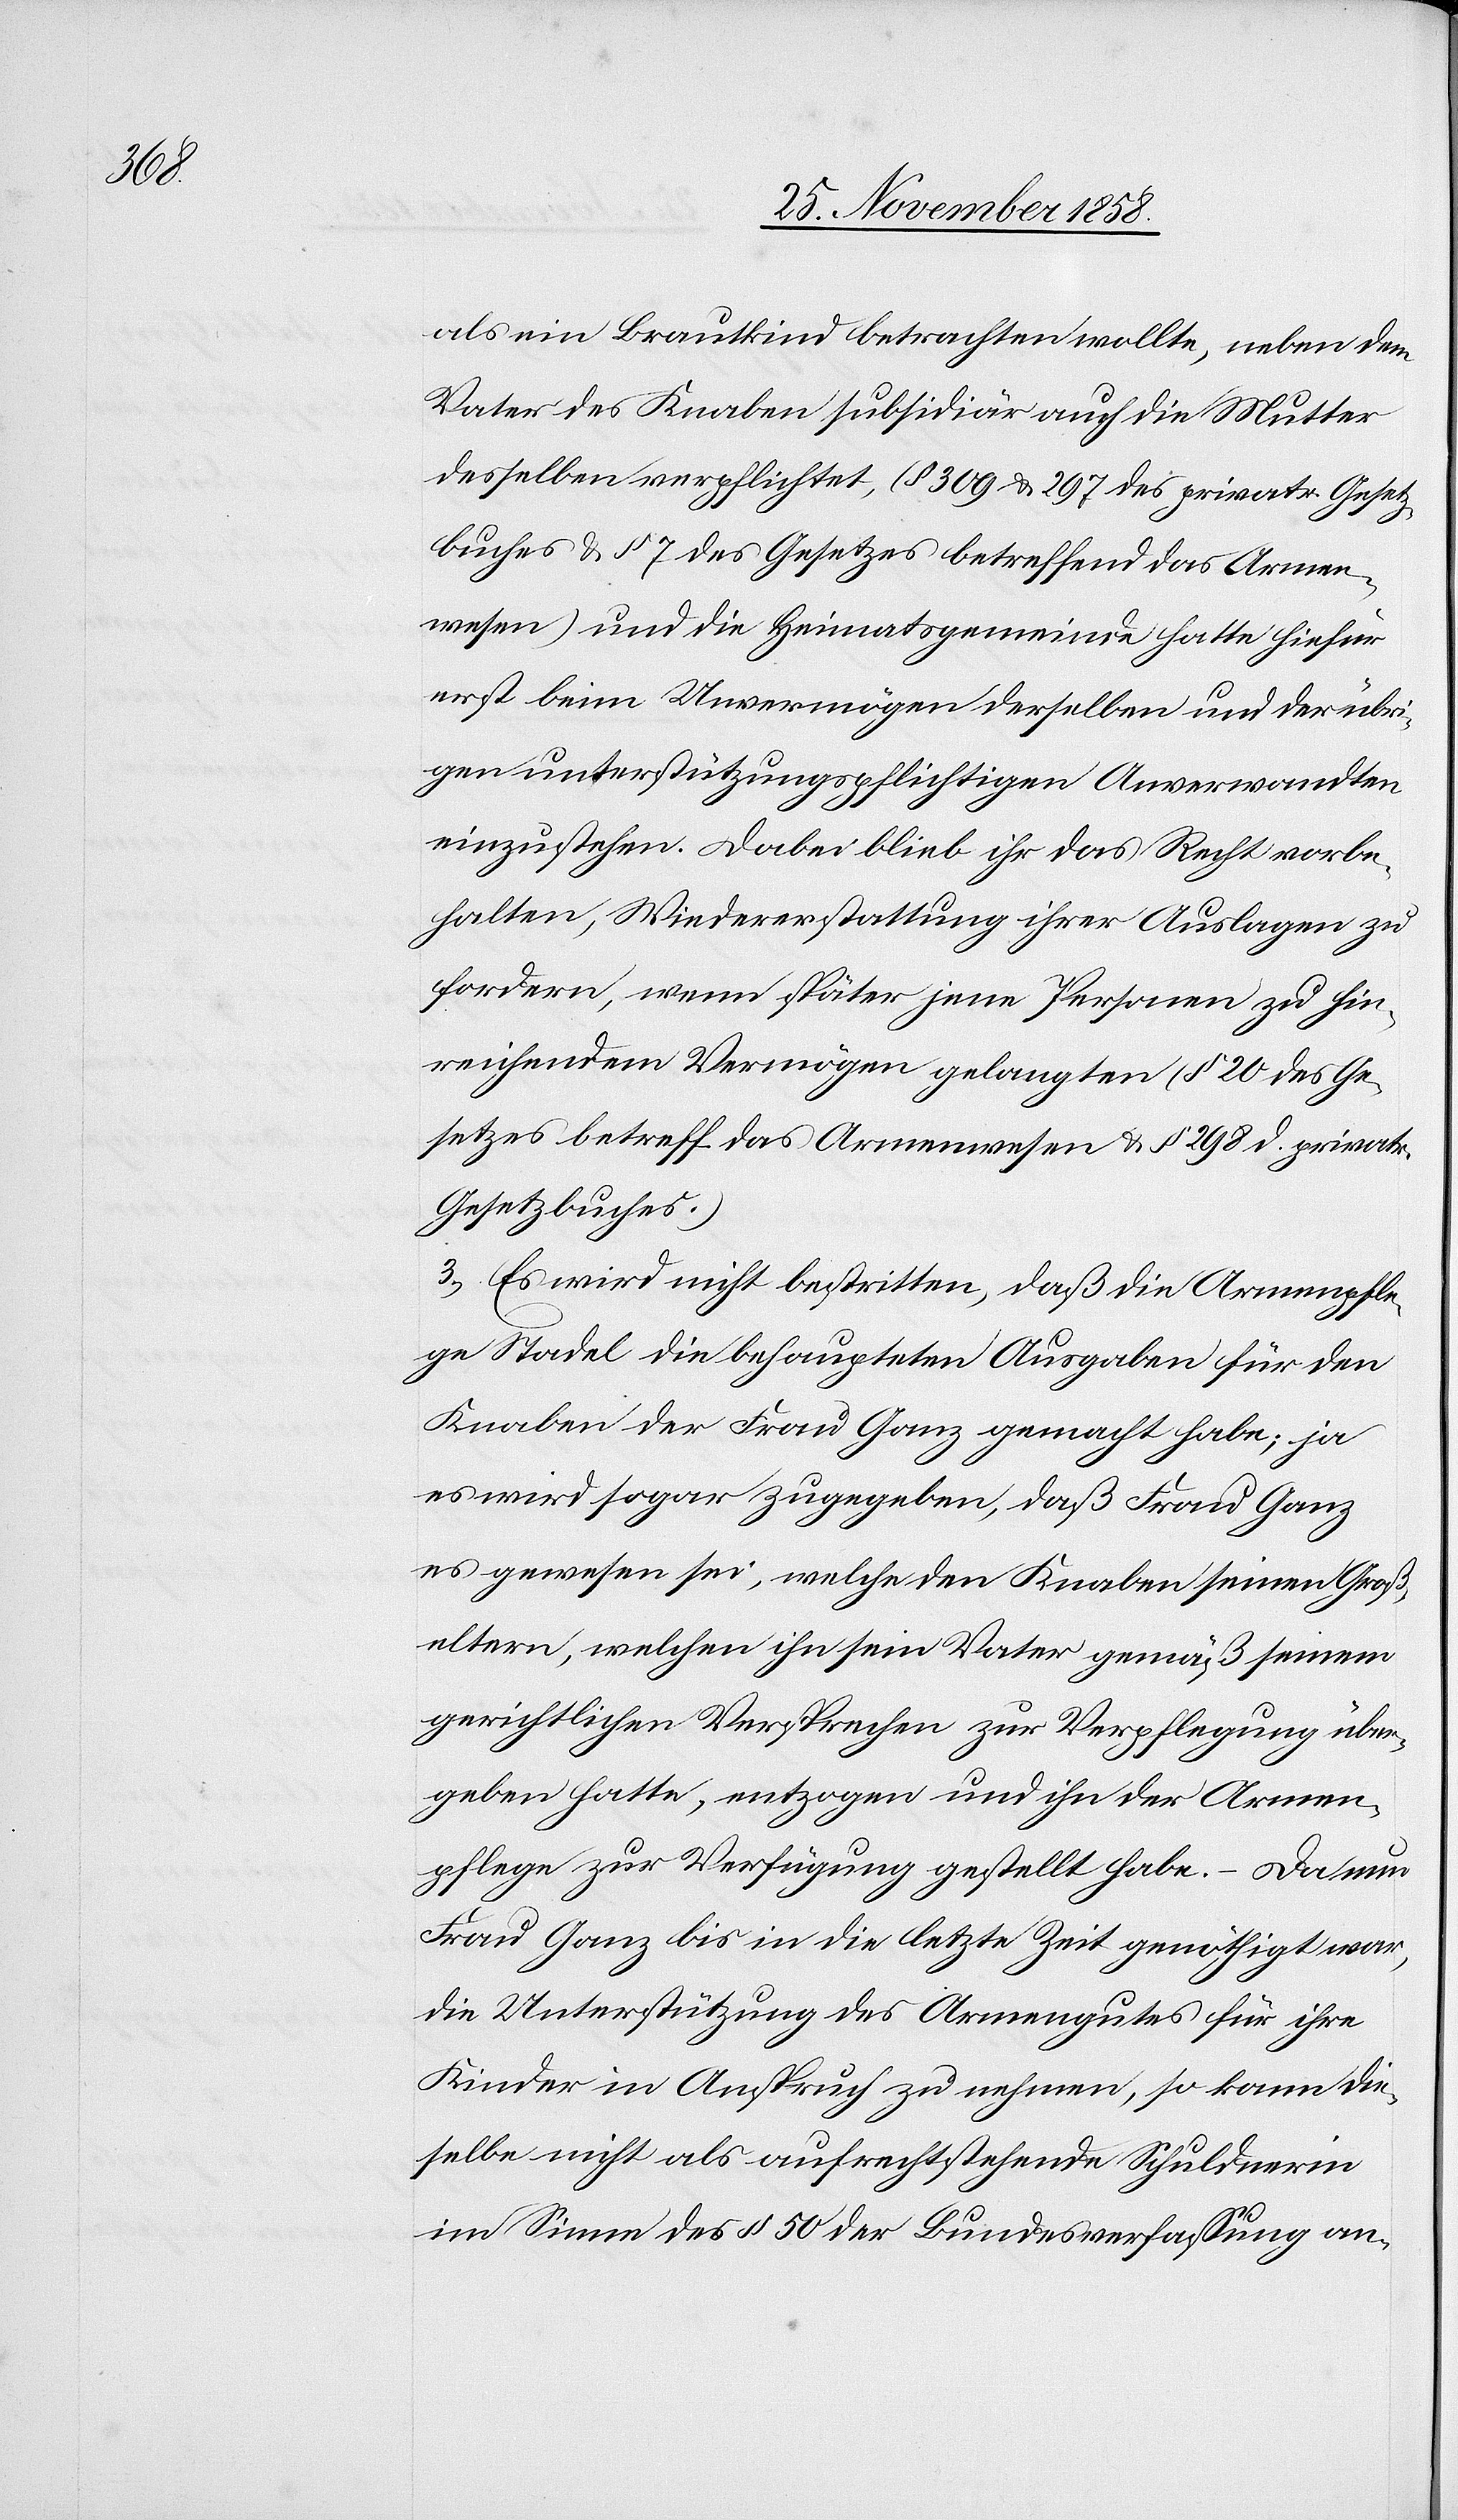
als ein Brautkind betrachten wollte, neben dem
Vater des Knaben subsidiär auch die Mutter
desselben verpflichtet, (§ 309 & 297 des privatr. Gesetz¬
buches & § 7 des Gesetzes betreffend das Armen¬
wesen) und die Heimatsgemeinde hatte hiefür
erst beim Unvermögen derselben und der übri¬
gen unterstützungspflichtigen Anverwandten
einzustehen. Dabei blieb ihr das Recht vorbe¬
halten, Wiedererstattung ihrer Auslagen zu
fordern, wenn später jene Personen zu hin¬
reichendem Vermögen gelangten (§ 20 des Ge¬
setzes betreff. das Armenwesen & § 298 d. privatr.
Gesetzbuches.)
3.) Es wird nicht bestritten, daß die Armenpfle¬
ge Stadel die behaupteten Ausgaben für den
Knaben der Frau Ganz gemacht habe; ja
es wird sogar zugegeben, daß Frau Ganz
es gewesen sei, welche den Knaben seinen Groß¬
eltern, welchen ihn sein Vater gemäß seinem
gerichtlichen Versprechen zur Verpflegung über¬
geben hatte, entzogen und ihn der Armen¬
pflege zur Verfügung gestellt habe. – Da nun
Frau Ganz bis in die letzte Zeit genöthigt war,
die Unterstützung des Armengutes für ihre
Kinder in Anspruch zu nehmen, so kann die¬
selbe nicht als aufrechtstehende Schuldnerin
im Sinne des § 50 der Bundesverfassung an-